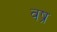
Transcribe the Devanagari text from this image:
वष्र